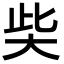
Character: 𡘌